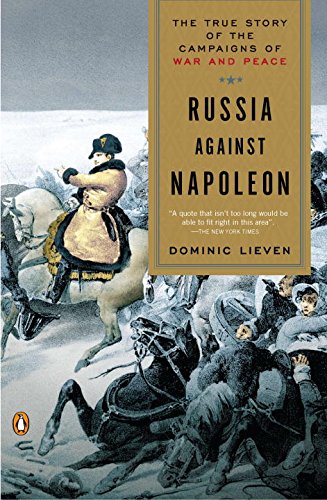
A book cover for Russia Against Napoleon: The True Story of the Campaigns of War and Peace; Dominic Lieven; History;